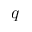
q